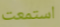
استمعت